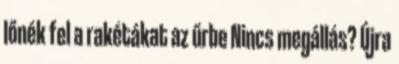
lőnék fel a rakétákat az űrbe Nincs megállás? Újra